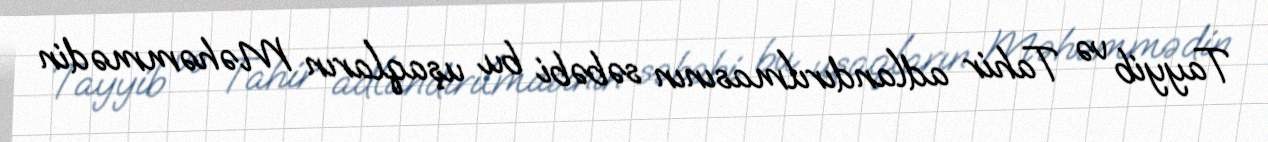
Tayyib və Tahir adlandırılmasının səbəbi bu uşaqların Məhəmmədin